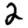
Digit: 2